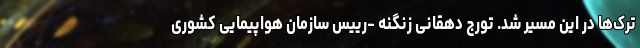
ترک‌ها در این مسیر شد. تورج دهقانی زنگنه -رییس سازمان هواپیمایی کشوری